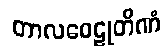
တာလဝေဠုတိဏံ